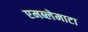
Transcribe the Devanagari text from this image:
एमब्लेमाटा